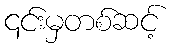
၎င်းမှတစ်ဆင့်